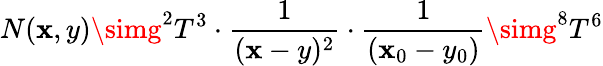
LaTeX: N(\mathbf{x},y)\simg^{2}T^{3}\cdot{\frac{{1}}{{(\mathbf{x}-y)^{2}}}}\cdot{\frac{{1}}{{(\mathbf{x}_{0}-y_{0})}}}\simg^{8}T^{6}